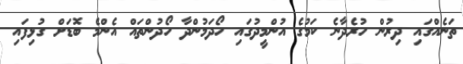
ތަނެއްގައި ދިރުން ހުރެދާނެ ކަމުގެ އުންމީދުގައި ހޯދަމުންދާ ހޯދުންތައް އެންމެ ބޮޑަށް ގުޅިފައި